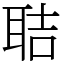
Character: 聐